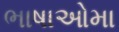
ભાષાઓમા